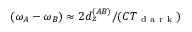
( \omega _ { A } - \omega _ { B } ) \approx 2 d _ { z } ^ { ( A B ) } / ( C T _ { \mathrm { ~ d ~ a ~ r ~ k ~ } } )